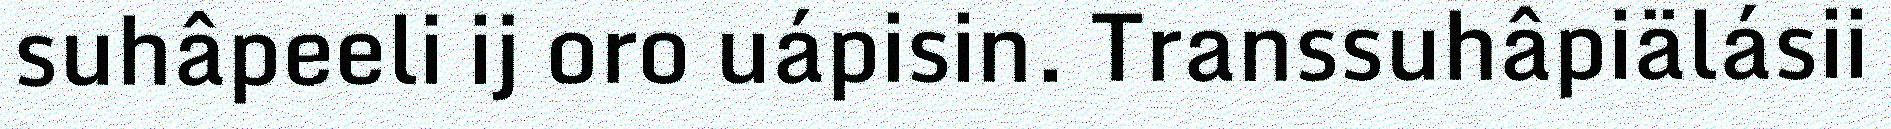
suhâpeeli ij oro uápisin. Transsuhâpiälásii